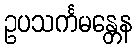
ဥပသင်္ကမန္တေန